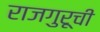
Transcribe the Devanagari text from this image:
राजगुरूची